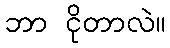
ဘာ ငိုတာလဲ။